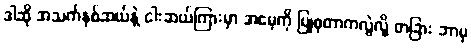
ဒါဆို အသက်နှစ်ဆယ်နဲ့ ငါးဆယ်ကြားမှာ အမေ့ကို ပြုစုတာကလွဲလို့ တခြား ဘာမှ